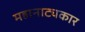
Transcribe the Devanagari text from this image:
महानाट्यकार